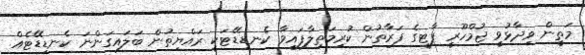
މަތީން ވިދާޅުވީ ޖުމްހޫރީ ޕާޓީގެ ފަރާތުން ކުރިމަތިލާފައިވާ ކެނޑިޑޭޓަކީ ރައްޔިތުން ބަލައިގަންނަ ކެނޑިޑޭޓެއް